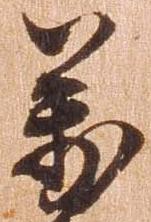
万